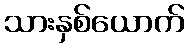
သားနှစ်ယောက်